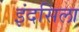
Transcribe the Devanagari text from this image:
इंदसिला